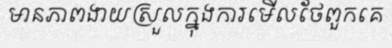
មានភាពងាយស្រួលក្នុងការមើលថែពួកគេ